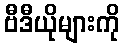
ဗီဒီယိုများကို